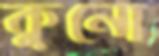
কুনো